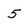
Character: 5